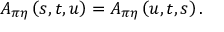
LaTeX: A _ { \pi \eta } \left( s , t , u \right) = A _ { \pi \eta } \left( u , t , s \right) .